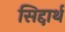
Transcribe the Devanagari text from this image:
सिद्दार्थ